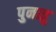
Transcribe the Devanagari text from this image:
पुनातु